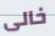
خالى